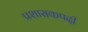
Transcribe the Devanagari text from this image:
प्रशासकपदी